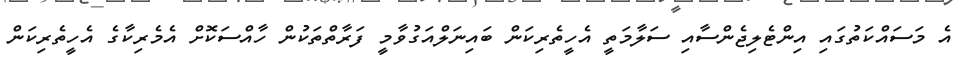
އެ މަސައްކަތުގައި އިންޓެލިޖެންސާއި ސަލާމަތީ އެހީތެރިކަން ބައިނަލްއަގުވާމީ ފަރާތްތަކުން ހާއްސަކޮށް އެމެރިކާގެ އެހީތެރިކަން